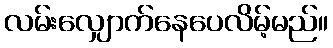
လမ်းလျှောက်နေပေလိမ့်မည်။